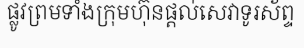
ផ្លូវព្រមទាំងក្រុមហ៊ុនផ្តល់សេវាទូរស័ព្ទ